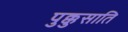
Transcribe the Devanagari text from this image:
पुक्कुसाति